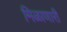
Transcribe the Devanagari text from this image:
मिळाणारी